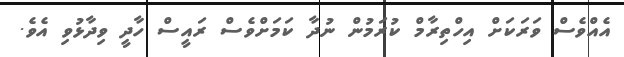
އެއްވެސް ވަރަކަށް އިހްތިރާމް ކުރަމުން ނުދާ ކަމަށްވެސް ރައީސް ހާދީ ވިދާޅުވި އެވެ.